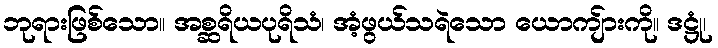
ဘုရားဖြစ်သော။ အစ္ဆရိယပုရိသံ၊ အံ့ဖွယ်သရဲသော ယောကျ်ားကို။ ဒဋ္ဌုံ၊